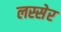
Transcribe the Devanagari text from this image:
लस्सेर